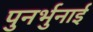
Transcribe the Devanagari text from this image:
पुनर्भुनाई